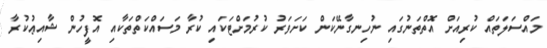
މައްސަލަތައް ކުރިއަށް އޮތްތަނުގައި ނުހިނގާނޭކަން ކަށަވަރު ކުރުމަށްޓަކައި ކުރާ މަސައްކަތްތަކާއި އޮފީހުން ޝާއިޢުކުރާ